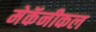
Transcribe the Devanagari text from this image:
मेकॅनीकल